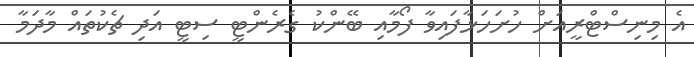
އެ މިނިސްޓްރީއަށް ހުށަހަޅާފައިވާ ފޯމާއި ބޭންކު ގެރެންޓީ ސިޓީ އަދި ޗެކުތައް މާދަމާ